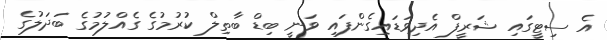
އެ ސިޓީގައި ޝަރީފް އެދިވަޑައިގެންފައި ވަނީ ބިޑް ބާތިލް ކުރުމުގެ ގެއްލުމުގެ ބަދަލުގެ